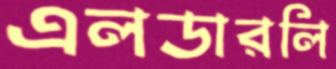
এলডারলি